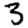
Digit: 3